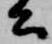
公